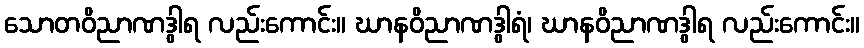
သောတဝိညာဏဒွါရ လည်းကောင်း။ ဃာနဝိညာဏဒွါရံ၊ ဃာနဝိညာဏဒွါရ လည်းကောင်း။